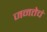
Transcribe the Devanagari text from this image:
जनतेचं